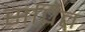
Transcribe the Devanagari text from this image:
सपित